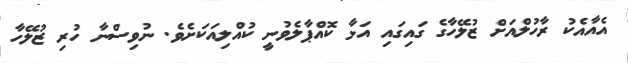
އެއާއެކު ރާހުލްއަށް ޒުލޭހާގެ ގައިގައި އަޅާ ކޮއްޕާލެވުނީ ކުއްލިއަކަށެވެ. ނުވިސްނާ ހުރި ޒުލޭހާ